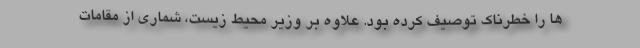
ها را خطرناک توصیف کرده بود. علاوه بر وزیر محیط زیست، شماری از مقامات